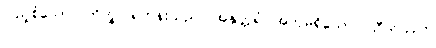
ပြည့်စုံသော။ ဘိက္ခု၊ ရဟန်းသည်။ အနုတ္တရံ၊ အတုမရှိသော။ သီတိဘာဝံ၊